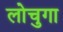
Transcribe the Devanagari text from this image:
लोचुगा